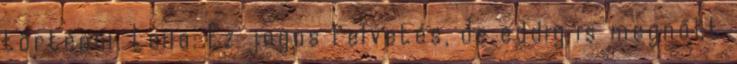
történni. Leila: Ez jogos felvetés, de eddig is megnőtt